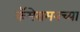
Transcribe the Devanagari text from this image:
कॅमेरामनच्या